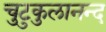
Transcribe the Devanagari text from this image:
चुटुकुलानन्द